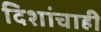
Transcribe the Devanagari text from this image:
दिशांचाही